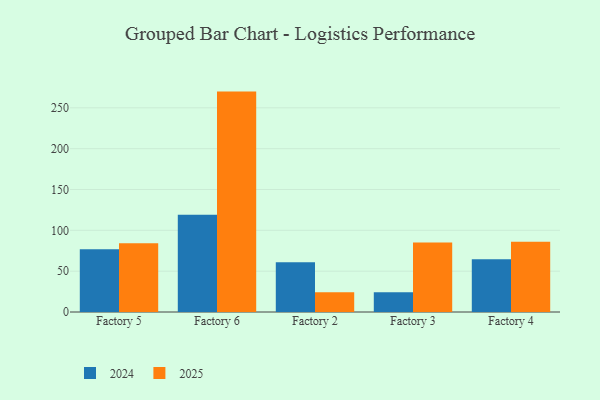
{"axis": {"x": "Factory", "y": "Temperature (°C)"}, "legend": ["2024", "2025"], "data": [{"x": "Factory 5", "y": 76.7, "type": "2024"}, {"x": "Factory 5", "y": 84.1, "type": "2025"}, {"x": "Factory 6", "y": 119.2, "type": "2024"}, {"x": "Factory 6", "y": 269.9, "type": "2025"}, {"x": "Factory 2", "y": 60.9, "type": "2024"}, {"x": "Factory 2", "y": 24.2, "type": "2025"}, {"x": "Factory 3", "y": 24.1, "type": "2024"}, {"x": "Factory 3", "y": 85.1, "type": "2025"}, {"x": "Factory 4", "y": 64.6, "type": "2024"}, {"x": "Factory 4", "y": 85.9, "type": "2025"}]}